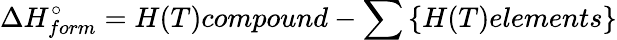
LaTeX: \Delta H_{form}^{\circ}=H(T)compound-\sum\left\{ H(T)elements\right\}